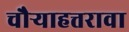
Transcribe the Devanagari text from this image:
चौर्‍याहत्तरावा